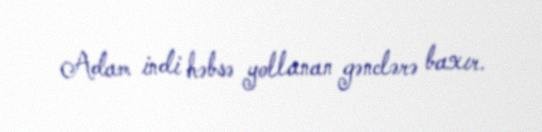
Adam indi həbsə yollanan gənclərə baxır.